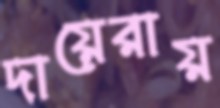
দায়েরায়